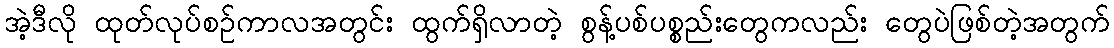
အဲ့ဒီလို ထုတ်လုပ်စဉ်ကာလအတွင်း ထွက်ရှိလာတဲ့ စွန့်ပစ်ပစ္စည်းတွေကလည်း တွေပဲဖြစ်တဲ့အတွက်